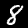
Digit: 8